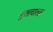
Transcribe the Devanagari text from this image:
मुखवाला